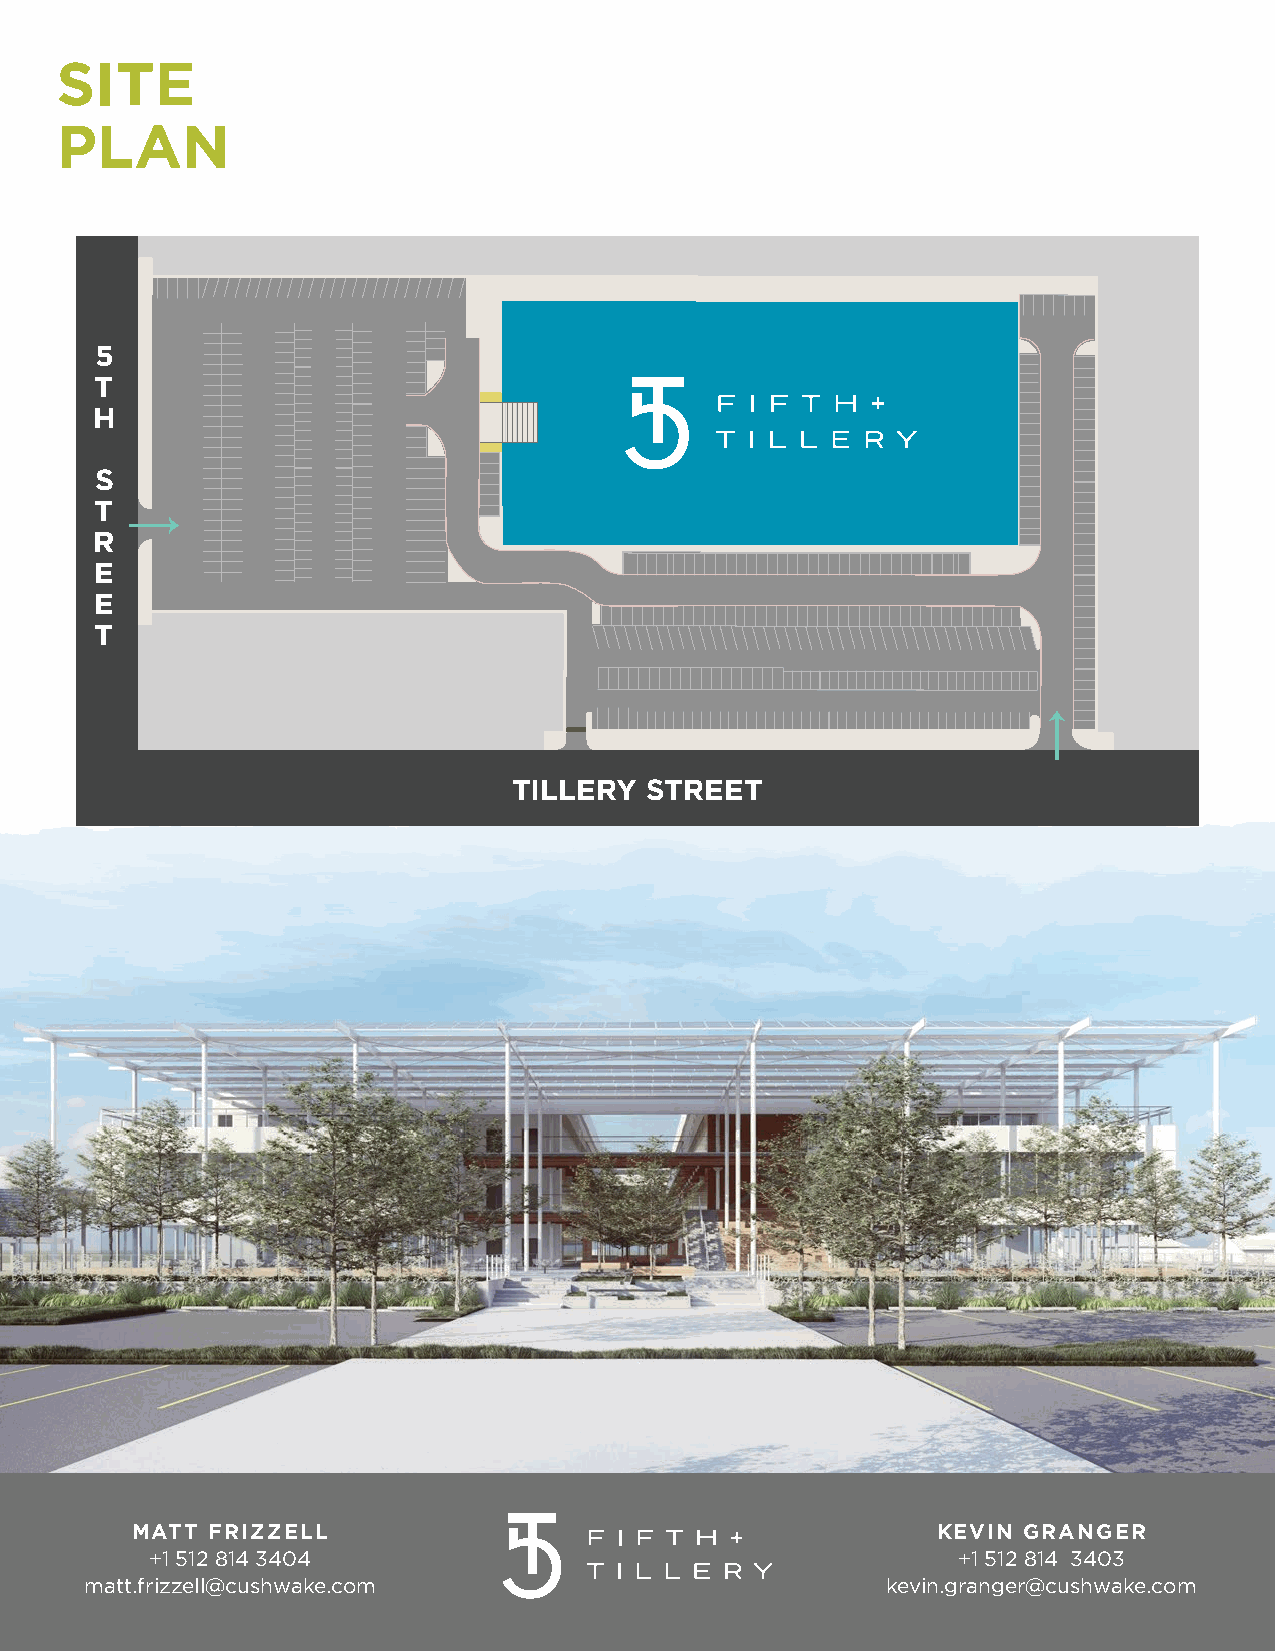
SITE
 PLAN
 5
 T
 H
 S
 T
 R
 E
 E
 T
 TILLERY  STREET
 MATT FRIZZELL                                        KEVIN GRANGER
 +1 512 814 3404                                      +1 512 814 3403
 matt.frizzell@cushwake.com                           kevin.granger@cushwake.com